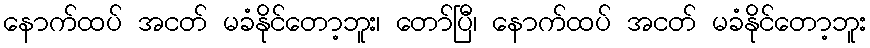
နောက်ထပ် အငတ် မခံနိုင်တော့ဘူး၊ တော်ပြီ၊ နောက်ထပ် အငတ် မခံနိုင်တော့ဘူး